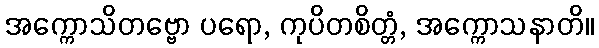
အက္ကောသိတဗ္ဗော ပရော, ကုပိတစိတ္တံ, အက္ကောသနာတိ။